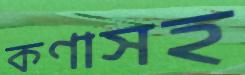
কণাসহ